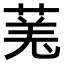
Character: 𫈯